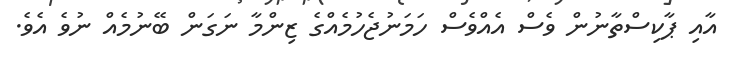
އާއި ޕާކިސްތާނުން ވެސް އެއްވެސް ހަމަނުޖެހުމެއްގެ ޒިންމާ ނަގަން ބޭނުމެއް ނުވެ އެވެ.